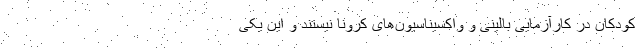
کودکان در کارآزمایی بالینی و واکسیناسیون‌های کرونا نیستند و این یکی